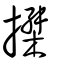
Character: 搩